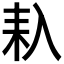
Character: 𠓩